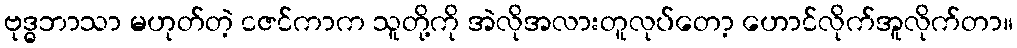
ဗုဒ္ဓဘာသာ မဟုတ်တဲ့ ငဇင်ကာက သူတို့ကို အဲလိုအလားတူလုပ်တော့ ဟောင်လိုက်အူလိုက်တာ။